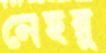
নেহরু